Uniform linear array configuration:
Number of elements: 8
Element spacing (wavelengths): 0.5
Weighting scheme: exponential
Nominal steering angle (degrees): -45
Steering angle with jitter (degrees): -46.679
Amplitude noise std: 0.05
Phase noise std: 0.05

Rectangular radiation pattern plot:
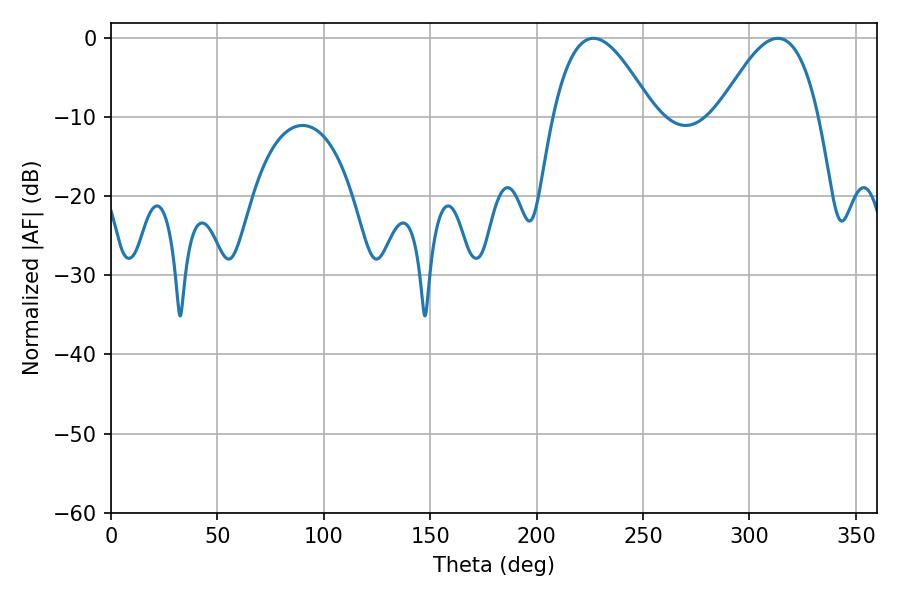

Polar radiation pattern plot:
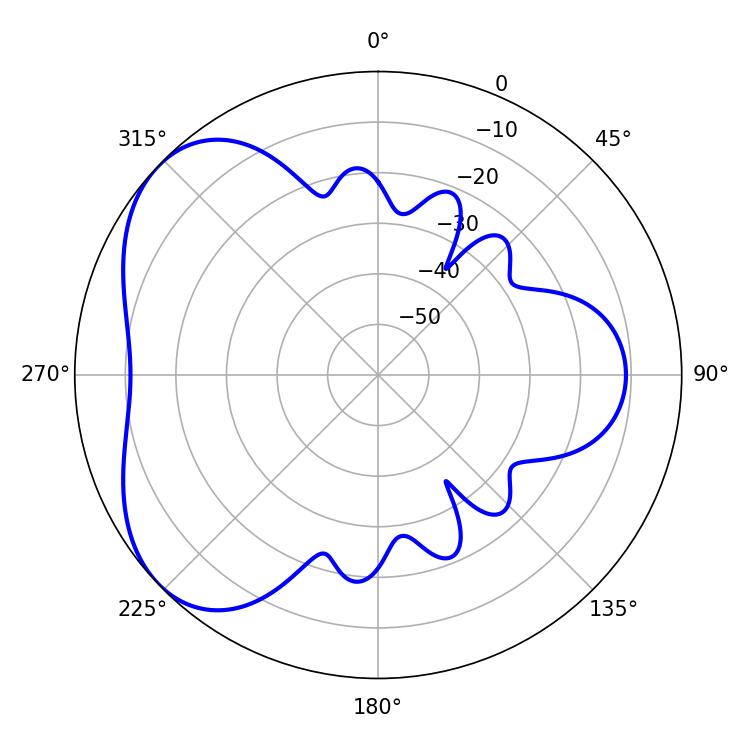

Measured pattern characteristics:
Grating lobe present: FALSE
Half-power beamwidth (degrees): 25.56
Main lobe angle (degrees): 226.62